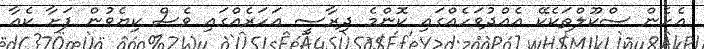
އެހެން ސްކޫލްތަކެކޭ އެއްދުވަހެއްގައި ކޮންމެ ދިރާސީ އަހަރެއްގައި ވެސް ކިޔެވުން ފަށާ ކެއާ